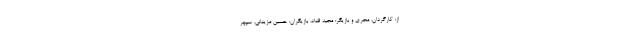
از: کارگردان، مجری و بازیگر: مجید قناد، بازیگران: حسین مزینانی، سپهر